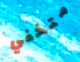
متخفي